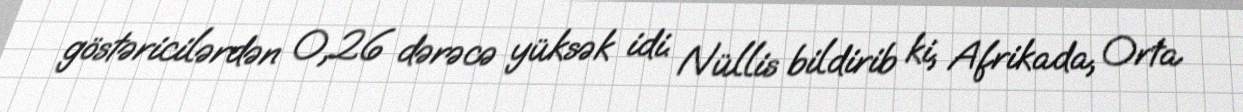
göstəricilərdən 0,26 dərəcə yüksək idi. Nüllis bildirib ki, Afrikada, Orta